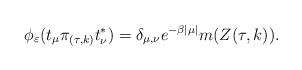
LaTeX: \begin{align*} \phi_\varepsilon(t_\mu \pi_{(\tau,k)} t^*_\nu) = \delta_{\mu,\nu} e^{-\beta|\mu|} m(Z(\tau, k)). \end{align*}